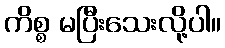
ကိစ္စ မပြီးသေးလို့ပါ။